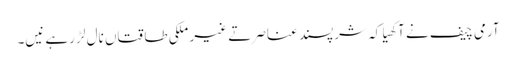
آرمی چیف نے آکھیا کہ شرپسند عناصر تے غیر ملکی طاقتاں نال لڑ رہے نیں۔